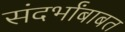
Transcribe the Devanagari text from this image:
संदर्भांबाबत